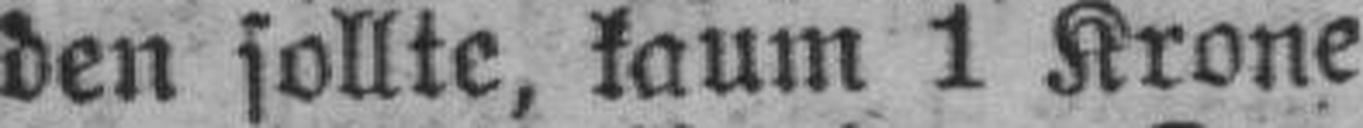
den sollte, kaum 1 Krone